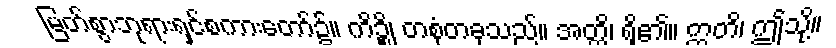
မြတ်စွာဘုရားရှင်စကားတော်၌။ ကိဉ္စိ၊ တစုံတခုသည်။ အတ္ထိ၊ ရှိ၏။ ဣတိ၊ ဤသို့။